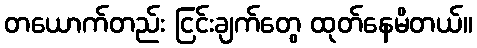
တယောက်တည်း ငြင်းချက်တွေ ထုတ်နေမိတယ်။